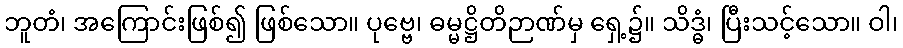
ဘူတံ၊ အကြောင်းဖြစ်၍ ဖြစ်သော။ ပုဗ္ဗေ၊ ဓမ္မဋ္ဌိတိဉာဏ်မှ ရှေ့၌။ သိဒ္ဓံ၊ ပြီးသင့်သော။ ဝါ၊